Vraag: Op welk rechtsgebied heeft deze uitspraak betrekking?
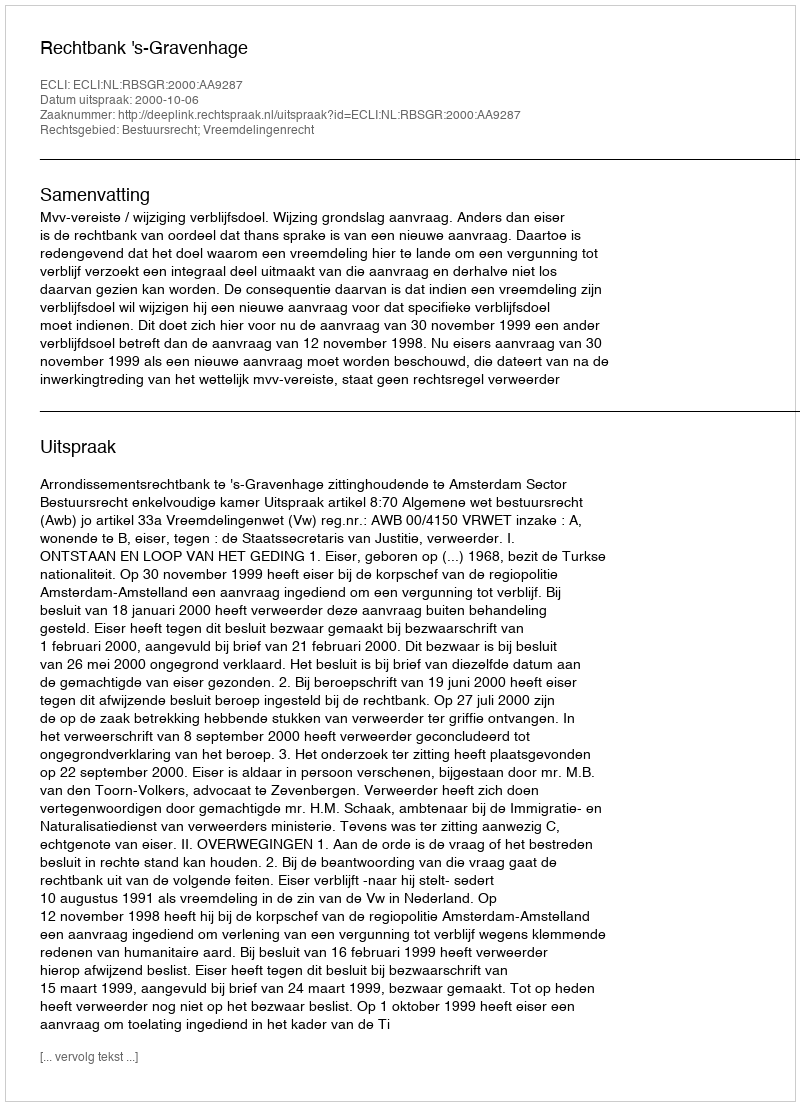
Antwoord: Bestuursrecht; Vreemdelingenrecht